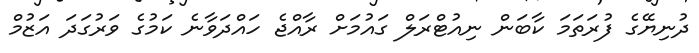
ދުނިޔޭގެ ފުރަތަމަ ކާބަން ނިއުޓްރަލް ގައުމަށް ރާއްޖެ ހައްދަވާނެ ކަމުގެ ވަރުގަދަ އަޒުމް